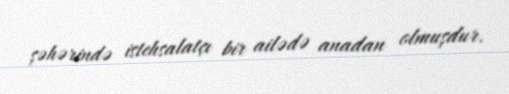
şəhərində istehsalatçı bir ailədə anadan olmuşdur.